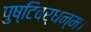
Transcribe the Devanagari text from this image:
पुष्टिवर्धन्म।